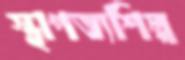
স্থাপত্যশিল্প